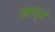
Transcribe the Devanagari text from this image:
म्हणूने